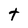
Character: t